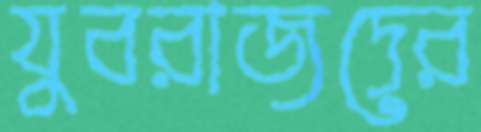
যুবরাজদের